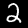
Label: 2